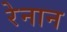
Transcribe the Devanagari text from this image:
रेनान